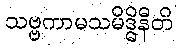
သဗ္ဗကာမသမိဒ္ဓိနီတိ